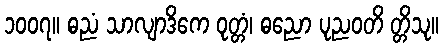
၁၀၀၇။ ဓညံ သာလျာဒိကေ ဝုတ္တံ၊ ဓညော ပုညဝတိ တ္တိသု။